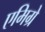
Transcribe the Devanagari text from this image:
एमिग्रे